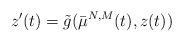
LaTeX: \begin{align*}z'(t)=\tilde{g}(\bar \mu^{N,M} (t), z(t))\end{align*}